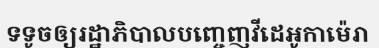
ទទូចឲ្យរដ្ឋាភិបាលបញ្ចេញវីដេអូកាម៉េរា